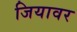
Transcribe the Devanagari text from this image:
जियावर